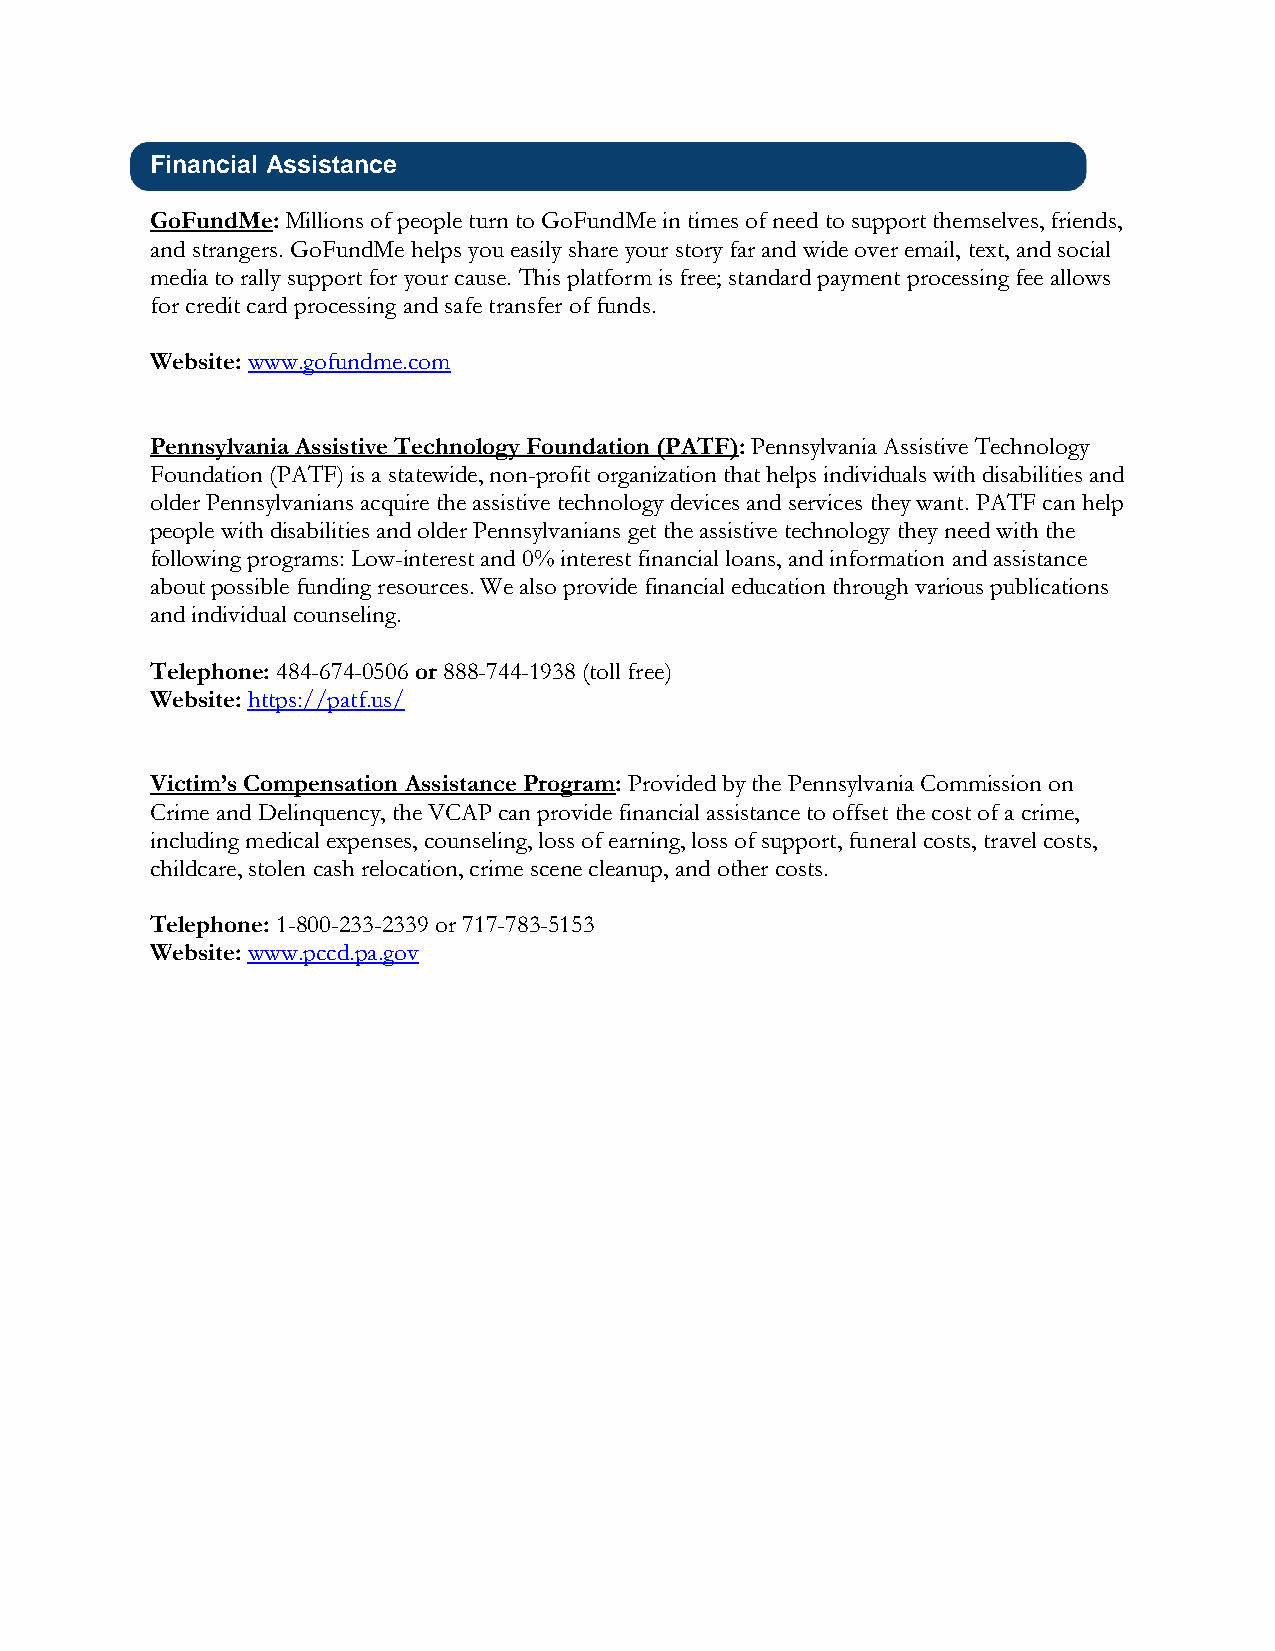
Financial Assistance
 GoFundMe: Millions of people turn to GoFundMe in times of need to support themselves, friends,
 and strangers. GoFundMe helps you easily share your story far and wide over email, text, and social
 media to rally support for your cause. This platform is free; standard payment processing fee allows
 for credit card processing and safe transfer of funds.
 Website: www.gofundme.com
 Pennsylvania Assistive Technology Foundation (PATF): Pennsylvania Assistive Technology
 Foundation (PATF) is a statewide, non-profit organization that helps individuals with disabilities and
 older Pennsylvanians acquire the assistive technology devices and services they want. PATF can help
 people with disabilities and older Pennsylvanians get the assistive technology they need with the
 following programs: Low-interest and 0% interest financial loans, and information and assistance
 about possible funding resources. We also provide financial education through various publications
 and individual counseling.
 Telephone: 484-674-0506 or 888-744-1938 (toll free)
 Website: https://patf.us/
 Victim’s Compensation Assistance Program: Provided by the Pennsylvania Commission on
 Crime and Delinquency, the VCAP can provide financial assistance to offset the cost of a crime,
 including medical expenses, counseling, loss of earning, loss of support, funeral costs, travel costs,
 childcare, stolen cash relocation, crime scene cleanup, and other costs.
 Telephone: 1-800-233-2339 or 717-783-5153
 Website: www.pccd.pa.gov